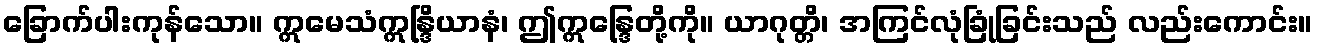
ခြောက်ပါးကုန်သော။ ဣမေသံဣန္ဒြိယာနံ၊ ဤဣန္ဒြေတို့ကို။ ယာဂုတ္တိ၊ အကြင်လုံခြုံခြင်းသည် လည်းကောင်း။